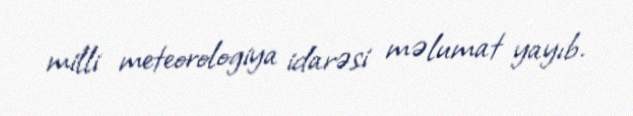
milli meteorologiya idarəsi məlumat yayıb.